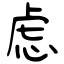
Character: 虑